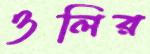
ওলির